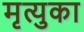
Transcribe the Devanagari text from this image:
मृत्युका